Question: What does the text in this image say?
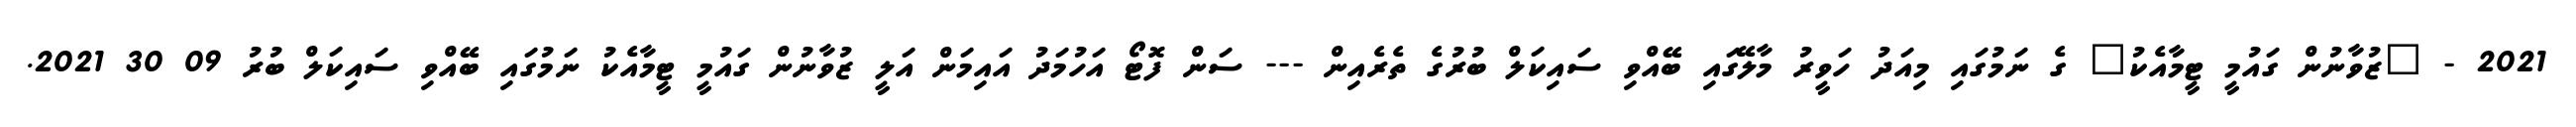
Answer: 2021 - "ޒުވާނުން ގައުމީ ޓީމާއެކު" ގެ ނަމުގައި މިއަދު ހަވީރު މާލޭގައި ބޭއްވި ސައިކަލް ބުރުގެ ތެރެއިން --- ސަން ފޮޓޯ އަހުމަދު އައިމަން އަލީ ޒުވާނުން ގައުމީ ޓީމާއެކު ނަމުގައި ބޭއްވި ސައިކަލް ބުރު 09 30 2021.